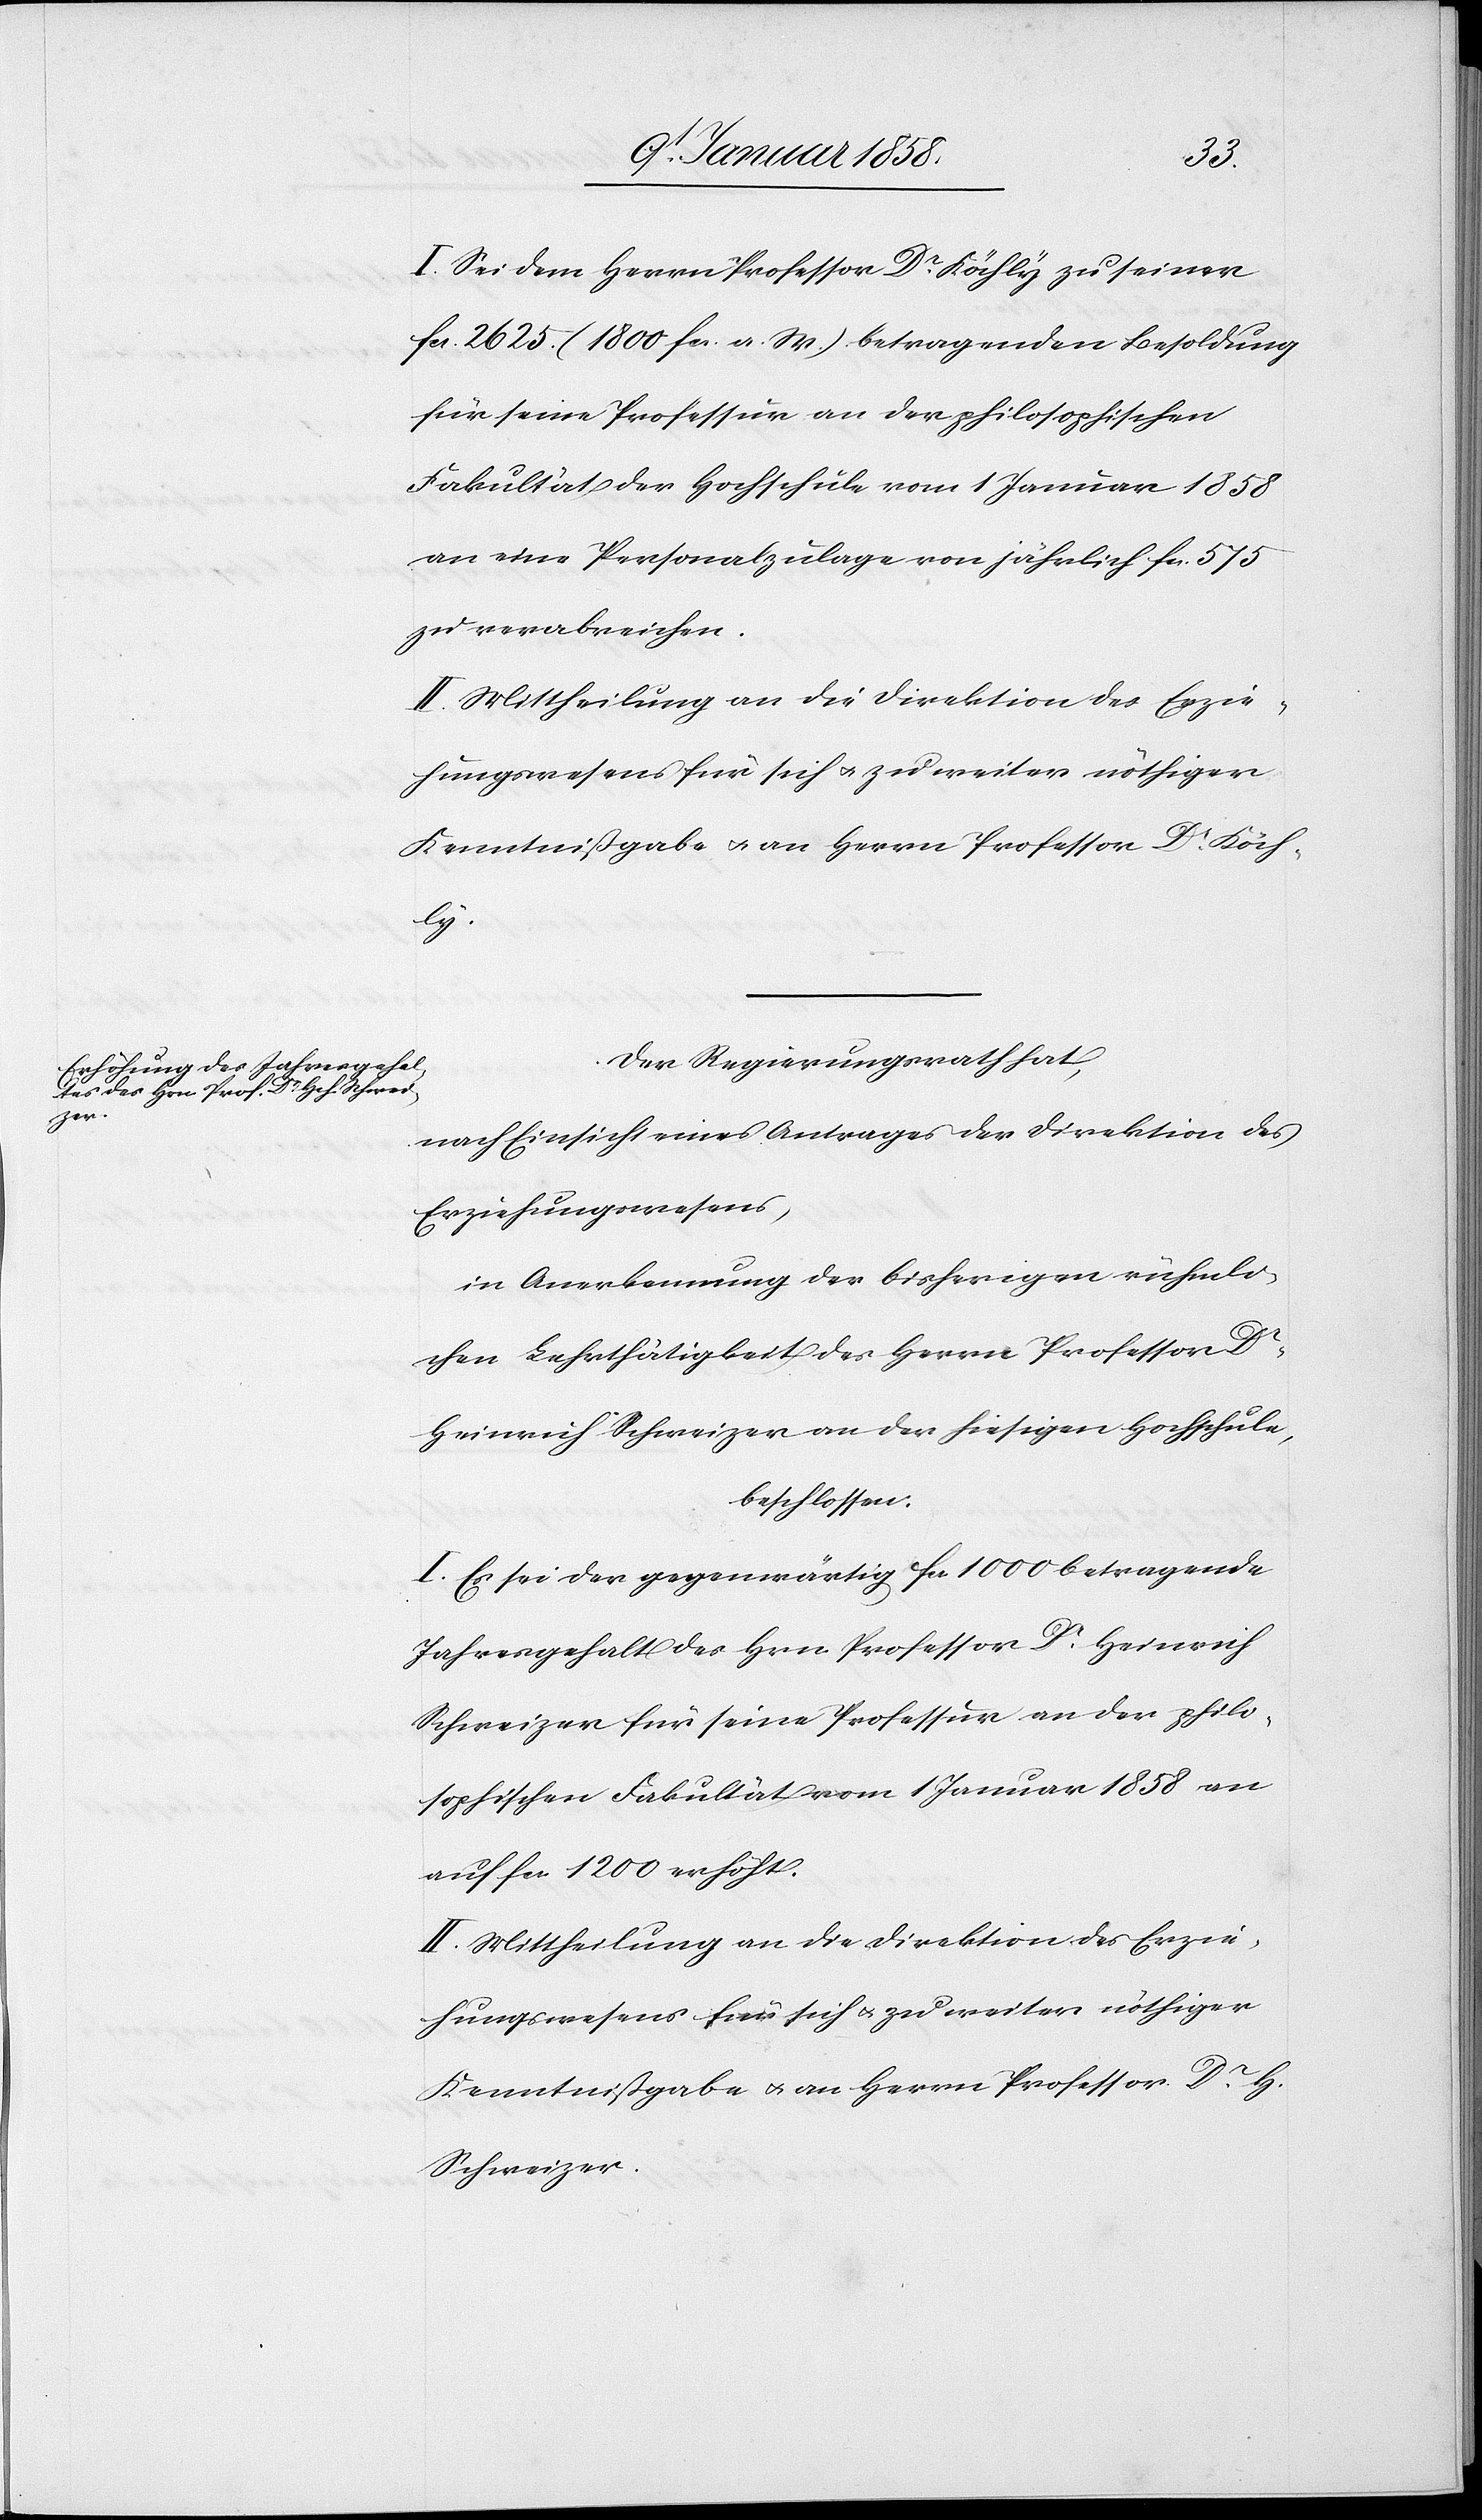
I. Sei dem Herrn Professor Dr. Köchly zu seiner
fcs. 2625. (1800. fcs. a. M.) betragenden Besoldung
für seine Professur an der philosophischen
Fakultät der Hochschule vom 1 Januar 1858
an eine Personalzulage von jährlich fcs. 575
zu verabreichen.
II. Mittheilung an die Direktion des Erzie¬
hungswesens für sich u. zu weiter nöthiger
Kenntnißgabe u. an Herrn Professor Dr. Köch¬
ly.
Der Regierungsrath hat,
nach Einsicht eines Antrages der Direktion des
Erziehungswesens,
in Anerkennung der bisherigen rühmli¬
chen Lehrthätigkeit des Hrn Professor Dr.
Heinrich Schweizer an der hiesigen Hochschule,
beschlossen:
I. Es sei der gegenwärtig fcs. 1000. betragende
Jahresgehalt des Hrn Professor Dr. Heinrich
Schweizer für seine Professur an der philo¬
sophischen Fakultät vom 1 Januar 1858 an
auf fcs. 1200 erhöht.
II. Mittheilung an die Direktion des Erzie¬
hungswesens für sich u. zu weiter nöthiger
Kenntnißgabe u. an Herrn Professor Dr. H.
Schweizer.